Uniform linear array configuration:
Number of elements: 48
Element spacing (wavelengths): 0.25
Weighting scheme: exponential
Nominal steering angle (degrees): -45
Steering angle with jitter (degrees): -45.187
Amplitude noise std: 0.05
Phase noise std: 0.05

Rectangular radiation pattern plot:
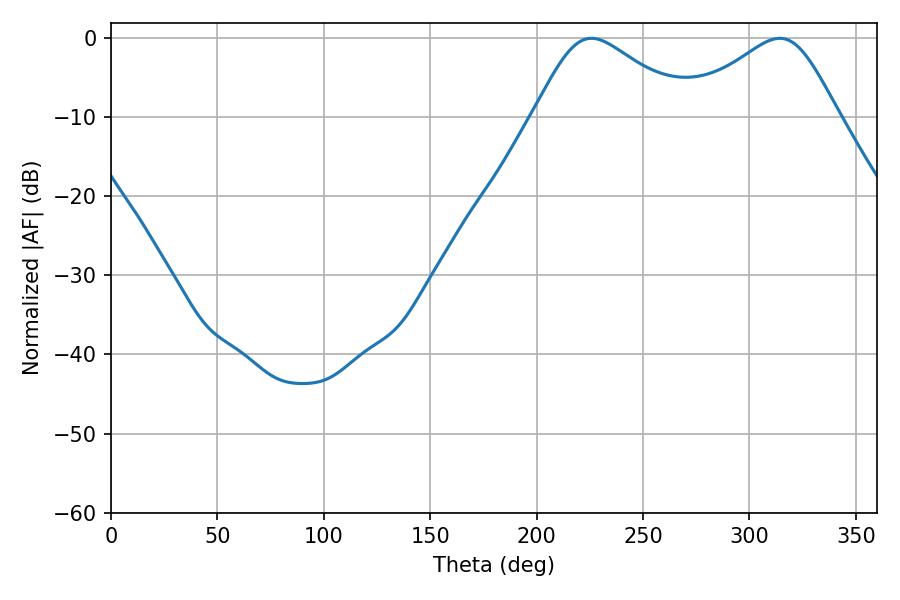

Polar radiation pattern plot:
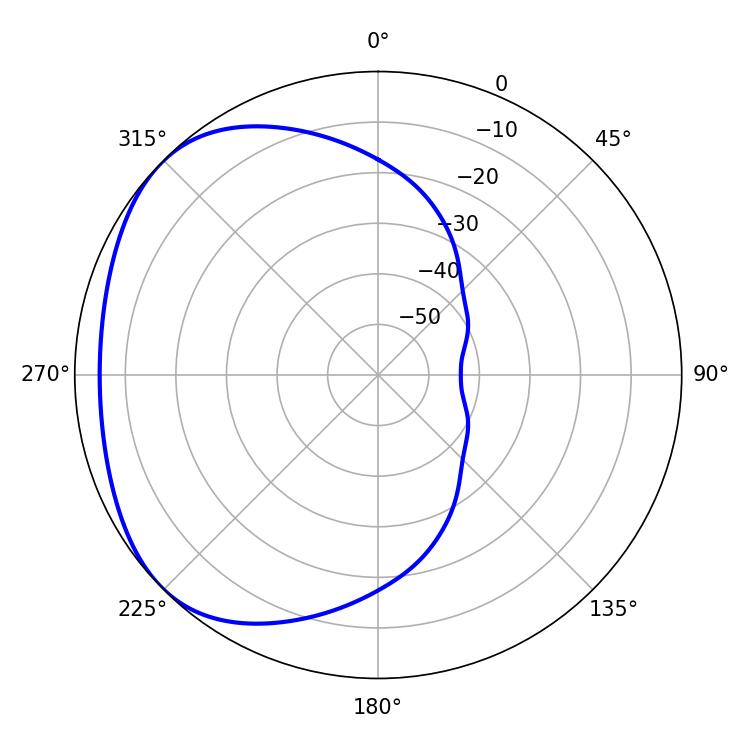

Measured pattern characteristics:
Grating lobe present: FALSE
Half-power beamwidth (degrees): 36
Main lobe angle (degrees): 225.72